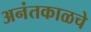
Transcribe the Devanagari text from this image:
अनंतकाळचे